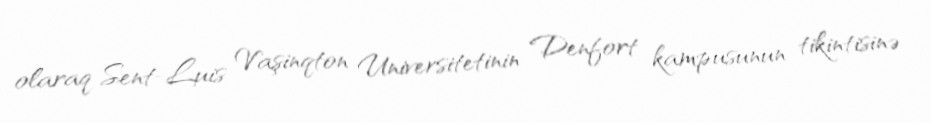
olaraq Sent-Luis Vaşinqton Universitetinin Denfort kampusunun tikintisinə